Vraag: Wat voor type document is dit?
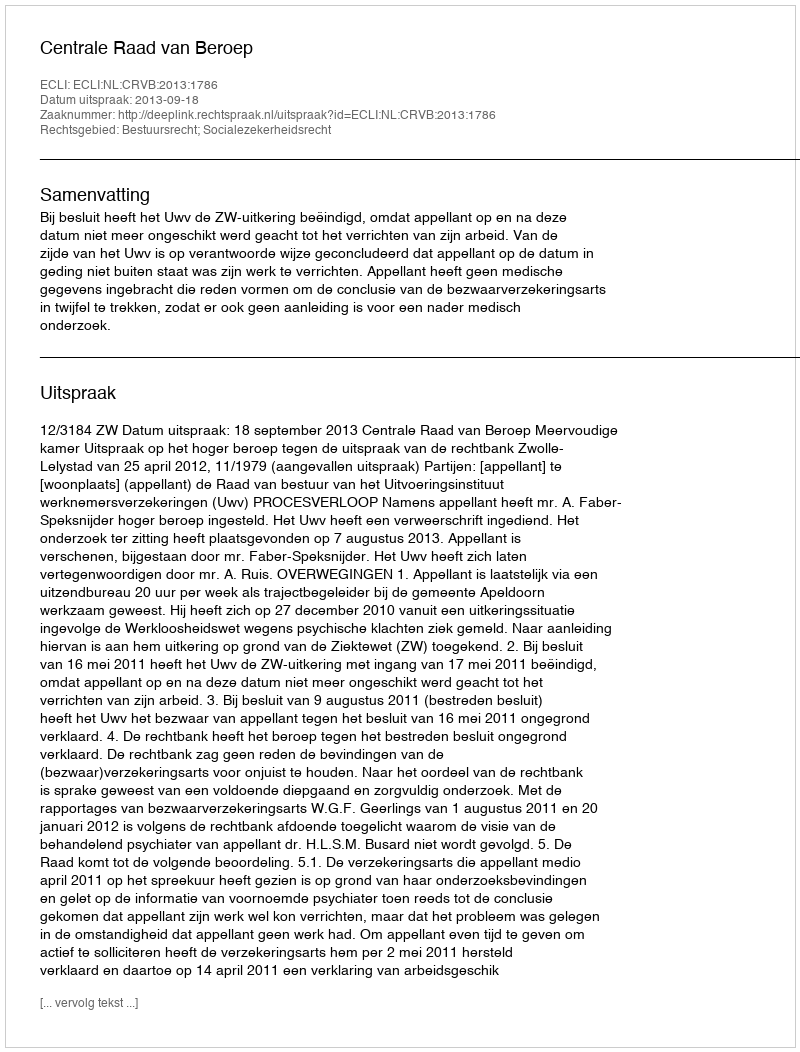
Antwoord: Uitspraak